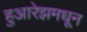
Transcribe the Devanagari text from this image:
हुआरेझमधून